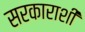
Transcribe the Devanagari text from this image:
सरकाराशी